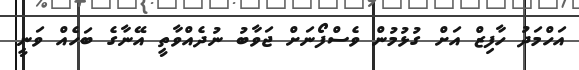
އަހްމަދު ހާފިޒް އަށް ގުޅުމުން ވެސްފޯނަށް ޖަވާބު ނުދެއްވާތީ އޭނާގެ ބަހެއް ވަނީ